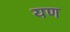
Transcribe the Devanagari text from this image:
यण